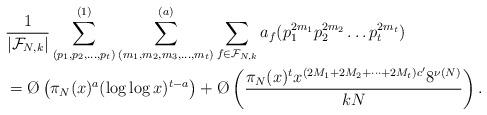
LaTeX: \begin{align*}& \frac{1}{|\mathcal F_{N,k}|}\sum_{(p_1,p_2,\dots ,p_t)}^{(1)}\sum_{(m_1,m_2,m_3,\dots,m_t)}^{(a)}\sum_{f \in \mathcal F_{N,k}} a_f(p_1^{2m_1}p_2^{2m_2}\dots p_t^{2m_t})\\& = \O\left(\pi_N(x)^{a}(\log \log x)^{t-a} \right)+ \O\left(\frac{\pi_N(x)^t x^{(2M_1 + 2M_2 + \dots + 2M_t)c'}8^{\nu(N)}}{k{N}}\right).\end{align*}